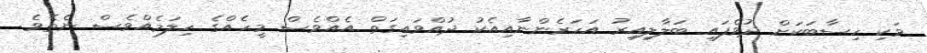
ވަކި ހިސާބަކަށް ދުވެފައި ބަލާލިއިރު އަހަރެންނާއިއެކު ދުއްވައިގަތް އެއްވެސް މީހެއްގެ ހިލަމެއްވެސް ނެތެވެ.